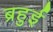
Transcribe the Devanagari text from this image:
ब्रहुई